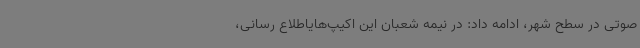
صوتی در سطح شهر، ادامه داد: در نیمه شعبان این اکیپ‌هایاطلاع رسانی،